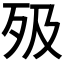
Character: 𣧉